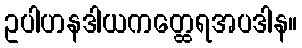
ဥပါဟနဒါယကတ္ထေရအပဒါန။